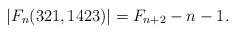
LaTeX: \begin{align*}|F_n(321, 1423)| = F_{n+2}-n-1.\end{align*}